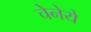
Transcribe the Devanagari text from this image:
चेनेये